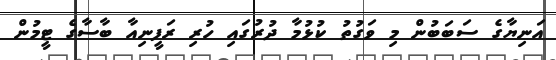
އަނިޔާގެ ސަބަބުން މި ވަގުތު ކުޅުމާ ދުުރުގައި ހުރި ރަފީނިއާ ބާސާގެ ޓީމުން